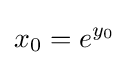
x_{0}=e^{y_{0}}